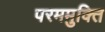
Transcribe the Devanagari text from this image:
परममुक्ति